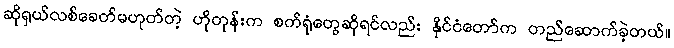
ဆိုရှယ်လစ်ခေတ်မဟုတ်တဲ့ ဟိုတုန်းက စက်ရုံတွေဆိုရင်လည်း နိုင်ငံတော်က တည်ဆောက်ခဲ့တယ်။